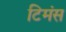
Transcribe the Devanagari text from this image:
टिमंस